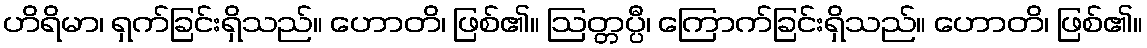
ဟိရိမာ၊ ရှက်ခြင်းရှိသည်။ ဟောတိ၊ ဖြစ်၏။ ဩတ္တပ္ပီ၊ ကြောက်ခြင်းရှိသည်။ ဟောတိ၊ ဖြစ်၏။